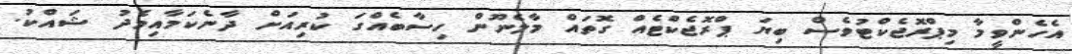
އެހެންވީމާ މިޕްރޮޖެކްޓުވެސް ބިޔަ ޕްރޮޖެކްޓެއް ގޮތައް މާލެނޫން ހިސާބެއްގަ ކުރިއަށް ދާނެކަމާއިމެދު ޝައްކު.